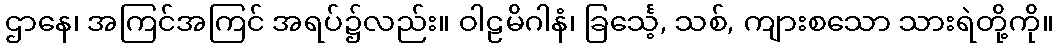
ဌာနေ၊ အကြင်အကြင် အရပ်၌လည်း။ ဝါဠမိဂါနံ၊ ခြင်္သေ့, သစ်, ကျားစသော သားရဲတို့ကို။